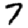
Digit: 7